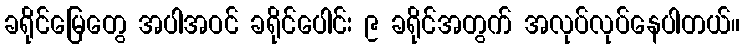
ခရိုင်မြေတွေ အပါအဝင် ခရိုင်ပေါင်း ၉ ခရိုင်အတွက် အလုပ်လုပ်နေပါတယ်။